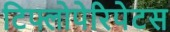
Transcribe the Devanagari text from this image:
टिफ्लोपेरिपेटस